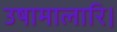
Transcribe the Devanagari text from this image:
उषामालारि।